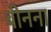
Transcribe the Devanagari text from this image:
बीनना